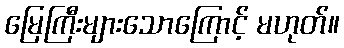
မြေကြီးများသောကြောင့် မဟုတ်။